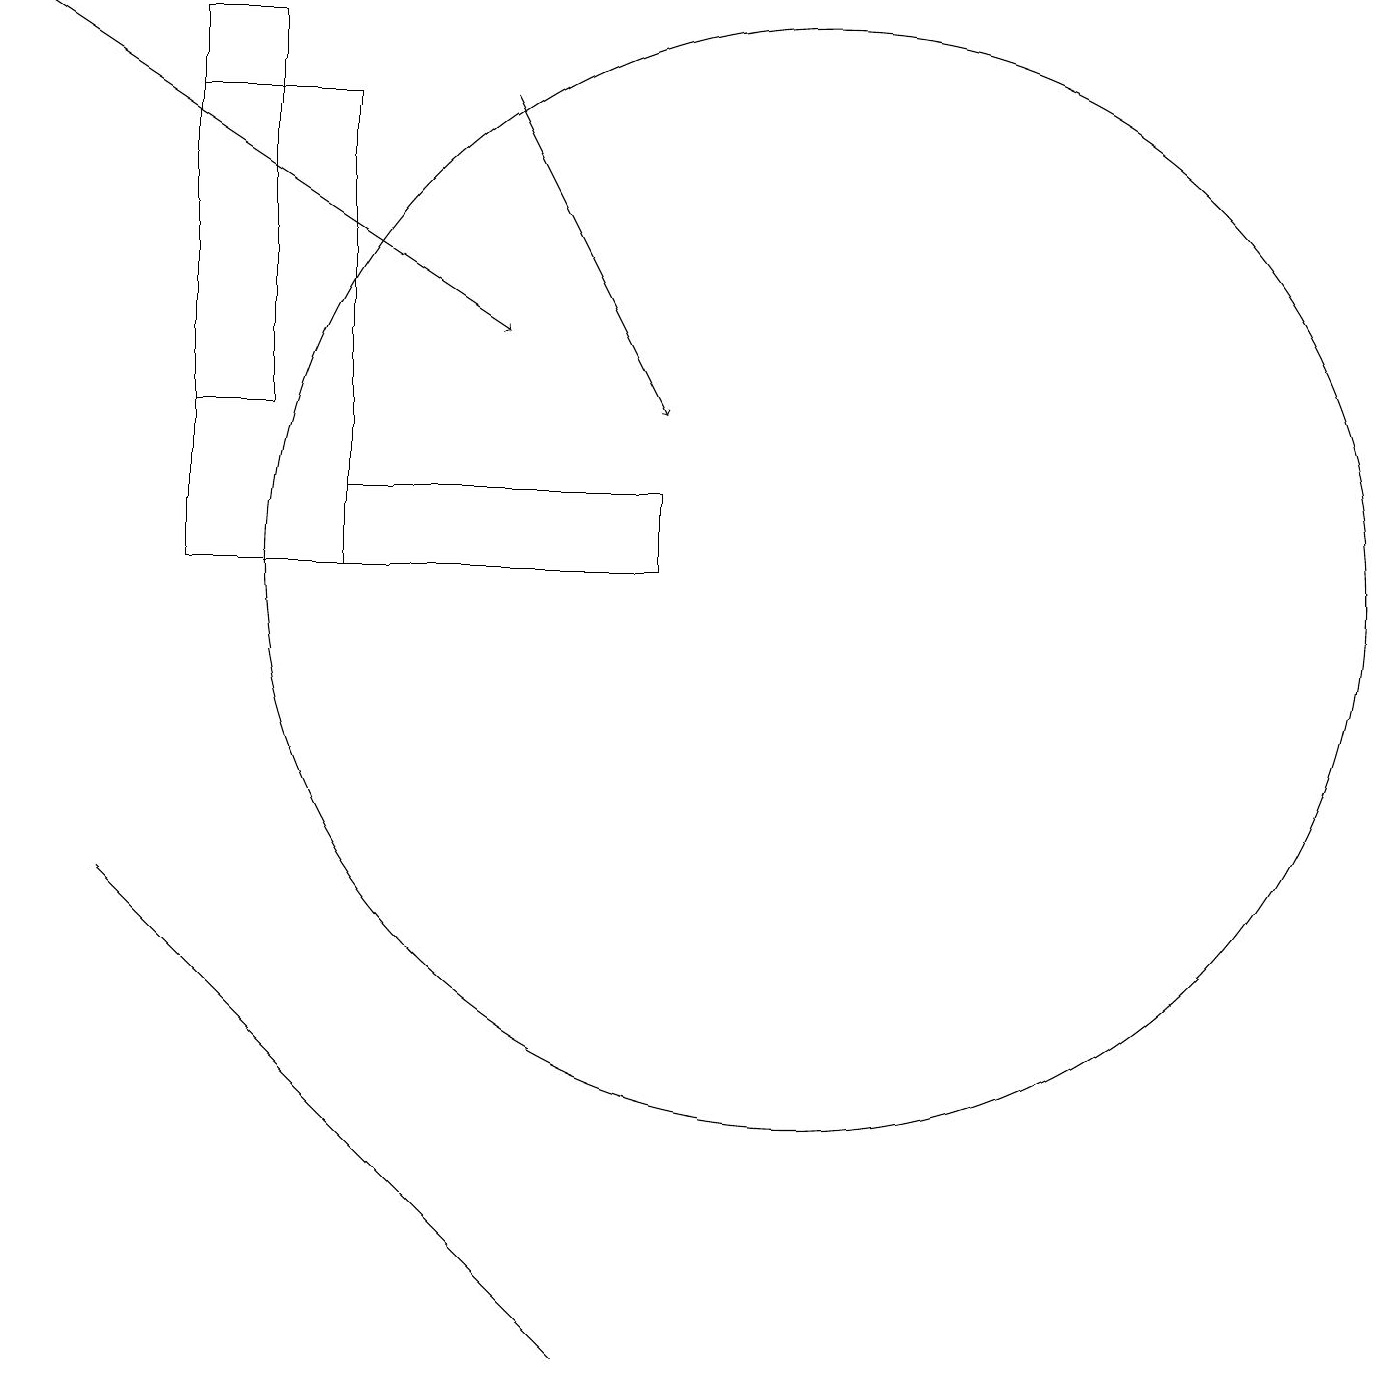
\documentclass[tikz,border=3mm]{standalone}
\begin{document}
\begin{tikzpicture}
\draw[->] (6,17) -- (8,13);
\draw (4,12) rectangle (8,11);
\draw (4,17) rectangle (2,11);
\draw (10,11) circle (7);
\draw (1,7) -- (7,1) -- (3,5) -- cycle;
\draw[->] (0,18) -- (6,14);
\draw (2,18) rectangle (3,13);
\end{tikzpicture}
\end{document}